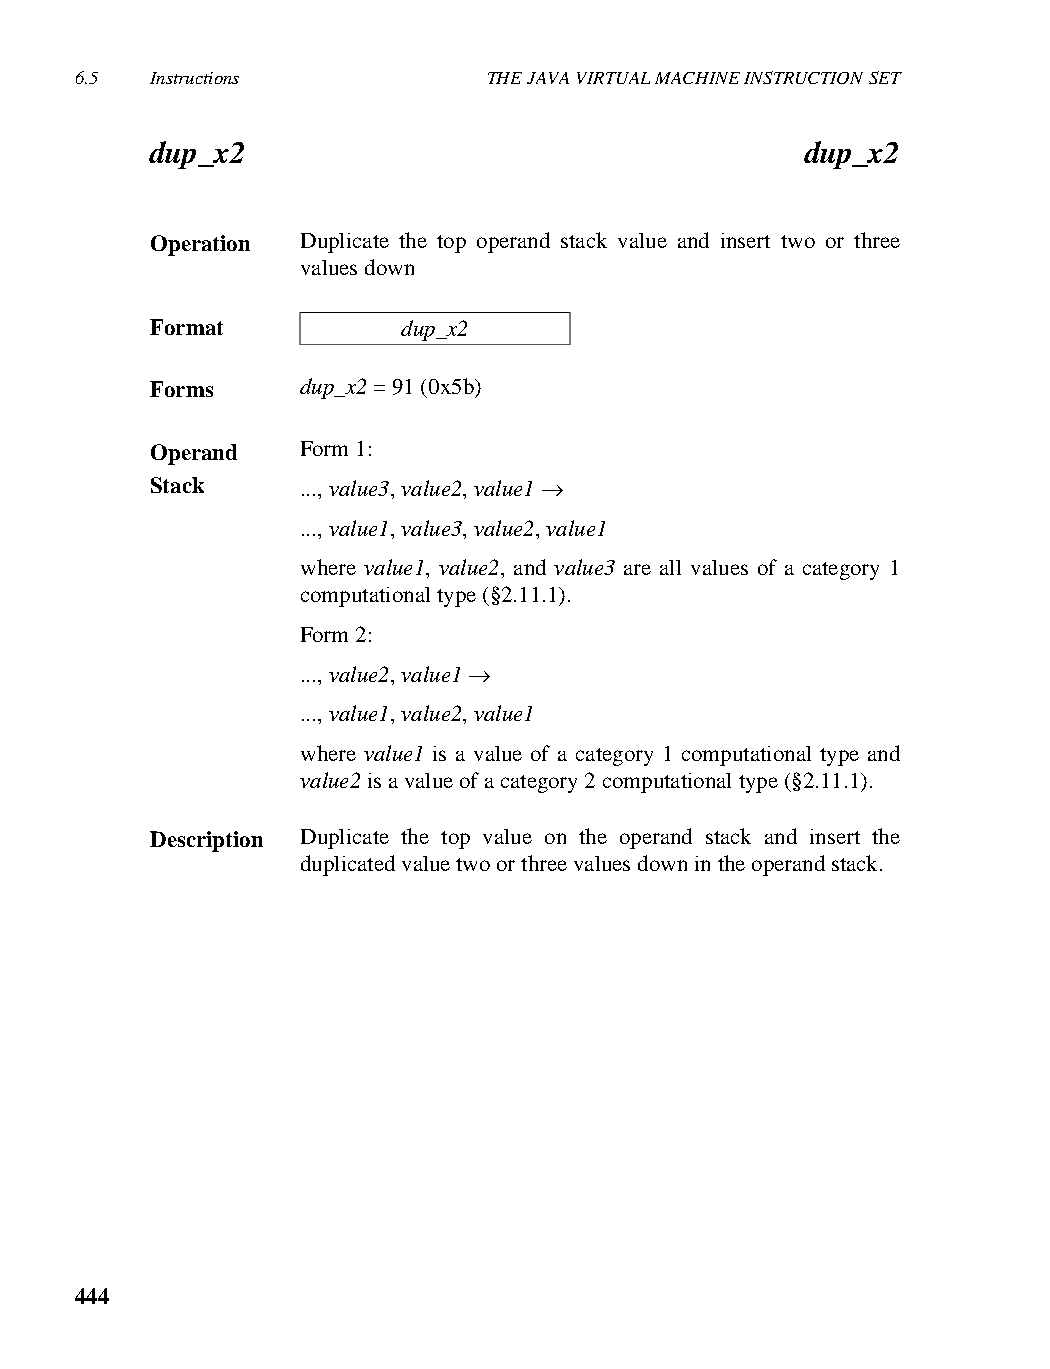
6.5  Instructions          THE JAVA VIRTUAL MACHINE INSTRUCTION SET
 dup_x2                                     dup_x2
 Operation Duplicate the top operand stack value and insert two or three
 values down
 Format           dup_x2
 Forms     dup_x2 = 91 (0x5b)
 Operand   Form 1:
 Stack     ..., value3, value2, value1 →
 ..., value1, value3, value2, value1
 where value1, value2, and value3 are all values of a category 1
 computational type (§2.11.1).
 Form 2:
 ..., value2, value1 →
 ..., value1, value2, value1
 where value1 is a value of a category 1 computational type and
 value2 is a value of a category 2 computational type (§2.11.1).
 Description Duplicate the top value on the operand stack and insert the
 duplicated value two or three values down in the operand stack.
 444